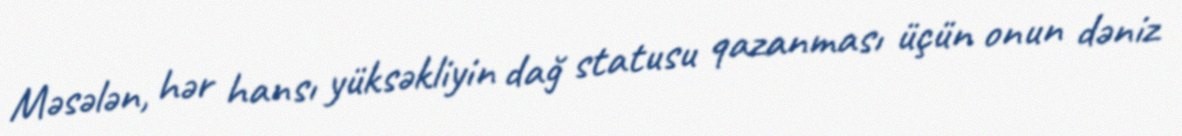
Məsələn, hər hansı yüksəkliyin dağ statusu qazanması üçün onun dəniz